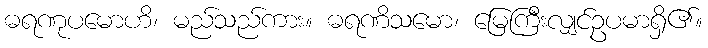
ဓရဏုပမောဟိ၊ မည်သည်ကား။ ဓရဏိသမော၊ မြေကြီးလျှင်ဥပမာရှိ၏။